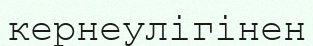
кернеулігінен